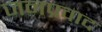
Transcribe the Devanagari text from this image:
जनप्रवाद